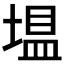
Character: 𪤂